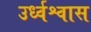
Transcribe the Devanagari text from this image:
उर्ध्वश्वास